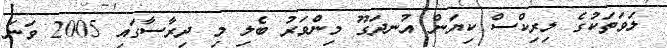
ލަވަތަކުގެ ލިރިކްސް ކިޔަން އުނދަގޫ މިންވަރު ބެލި މި ދިރާސާގައި 2005 ވަނަ